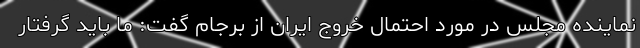
نماینده مجلس در مورد احتمال خروج ایران از برجام گفت: ما باید گرفتار